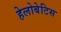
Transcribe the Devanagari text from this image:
हेलोबेटिस